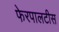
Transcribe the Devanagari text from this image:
फेरपालटीस